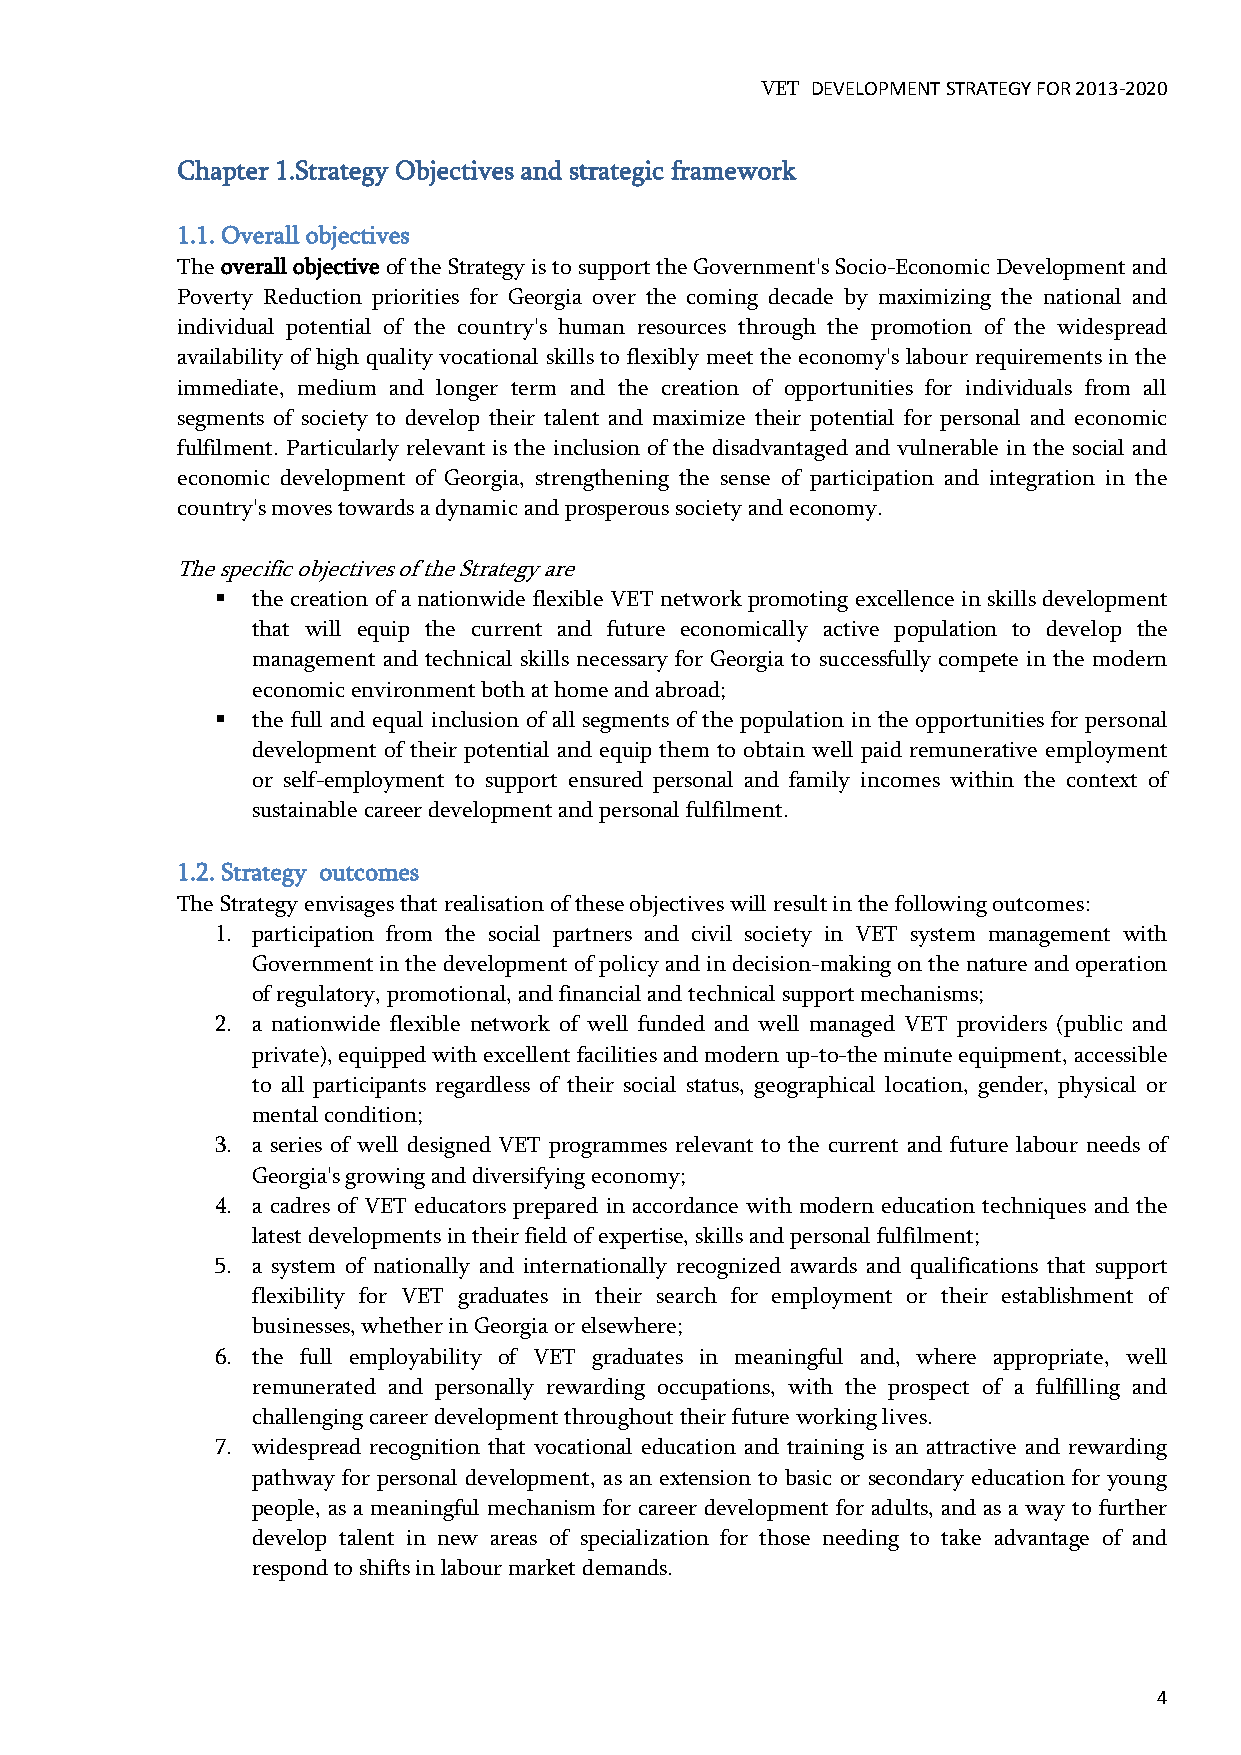
VET DEVELOPMENT STRATEGY FOR 2013-2020
 Chapter 1.Strategy Objectives and strategic framework
 1.1. Overall objectives
 The overall objective of the Strategy is to support the Government's Socio-Economic Development and
 Poverty Reduction priorities for Georgia over the coming decade by maximizing the national and
 individual potential of the country's human resources through the promotion of the widespread
 availability of high quality vocational skills to flexibly meet the economy's labour requirements in the
 immediate, medium and longer term and the creation of opportunities for individuals from all
 segments of society to develop their talent and maximize their potential for personal and economic
 fulfilment. Particularly relevant is the inclusion of the disadvantaged and vulnerable in the social and
 economic development of Georgia, strengthening the sense of participation and integration in the
 country's moves towards a dynamic and prosperous society and economy.
 The specific objectives of the Strategy are
   the creation of a nationwide flexible VET network promoting excellence in skills development
 that will equip the current and future economically active population to develop the
 management and technical skills necessary for Georgia to successfully compete in the modern
 economic environment both at home and abroad;
   the full and equal inclusion of all segments of the population in the opportunities for personal
 development of their potential and equip them to obtain well paid remunerative employment
 or self-employment to support ensured personal and family incomes within the context of
 sustainable career development and personal fulfilment.
 1.2. Strategy outcomes
 The Strategy envisages that realisation of these objectives will result in the following outcomes:
 1. participation from the social partners and civil society in VET system management with
 Government in the development of policy and in decision-making on the nature and operation
 of regulatory, promotional, and financial and technical support mechanisms;
 2. a nationwide flexible network of well funded and well managed VET providers (public and
 private), equipped with excellent facilities and modern up-to-the minute equipment, accessible
 to all participants regardless of their social status, geographical location, gender, physical or
 mental condition;
 3. a series of well designed VET programmes relevant to the current and future labour needs of
 Georgia's growing and diversifying economy;
 4. a cadres of VET educators prepared in accordance with modern education techniques and the
 latest developments in their field of expertise, skills and personal fulfilment;
 5. a system of nationally and internationally recognized awards and qualifications that support
 flexibility for VET graduates in their search for employment or their establishment of
 businesses, whether in Georgia or elsewhere;
 6. the full employability of VET graduates in meaningful and, where appropriate, well
 remunerated and personally rewarding occupations, with the prospect of a fulfilling and
 challenging career development throughout their future working lives.
 7. widespread recognition that vocational education and training is an attractive and rewarding
 pathway for personal development, as an extension to basic or secondary education for young
 people, as a meaningful mechanism for career development for adults, and as a way to further
 develop talent in new areas of specialization for those needing to take advantage of and
 respond to shifts in labour market demands.
 4